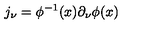
j _ { \nu } = \phi ^ { - 1 } ( x ) \partial _ { \nu } \phi ( x )